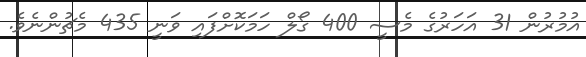
އުމުރުން 31 އަހަރުގެ މެސީ 400 ގޯލް ހަމަކޮށްފައި ވަނީ 435 މެޗުންނެވެ.